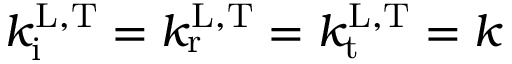
k _ { \mathrm { i } } ^ { \mathrm { L , T } } = k _ { \mathrm { r } } ^ { \mathrm { L , T } } = k _ { \mathrm { t } } ^ { \mathrm { L , T } } = k